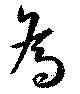
為